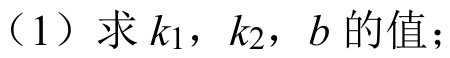
（1）求\(k_{1}\)，\(k_{2}\)，\(b\)的值；